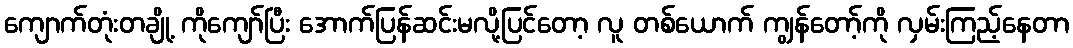
ကျောက်တုံးတချို့ ကိုကျော်ပြီး အောက်ပြန်ဆင်းမလို့ပြင်တော့ လူ တစ်ယောက် ကျွန်တော့်ကို လှမ်းကြည့်နေတာ